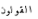
القولون